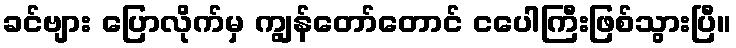
ခင်ဗျား ပြောလိုက်မှ ကျွန်တော်တောင် ငပေါကြီးဖြစ်သွားပြီ။